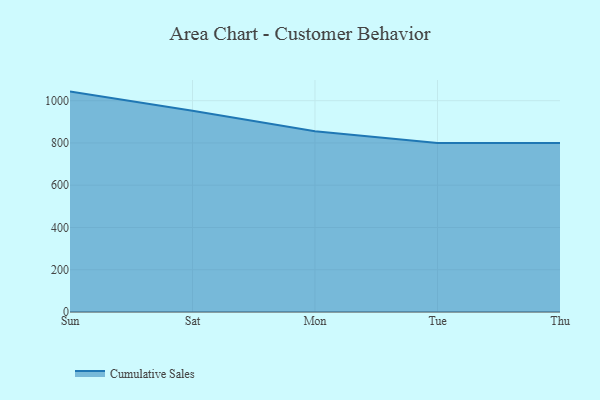
{"axis": {"x": "Day", "y": "Energy Usage (MWh)"}, "legend": ["Cumulative Sales"], "data": [{"x": "Sun", "y": 1043.1, "type": "Cumulative Sales"}, {"x": "Sat", "y": 952.6, "type": "Cumulative Sales"}, {"x": "Mon", "y": 855.2, "type": "Cumulative Sales"}, {"x": "Tue", "y": 800, "type": "Cumulative Sales"}, {"x": "Thu", "y": 800, "type": "Cumulative Sales"}]}